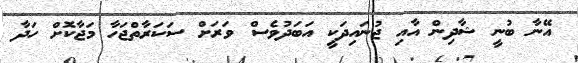
އޭނާ ބުނީ ޝާދިން އާއި ޖުނައިދަކީ އަބަދުވެސް ވަރަށް ސަކަރާތްޖަހާ މަޖާކޮށް ހަދާ